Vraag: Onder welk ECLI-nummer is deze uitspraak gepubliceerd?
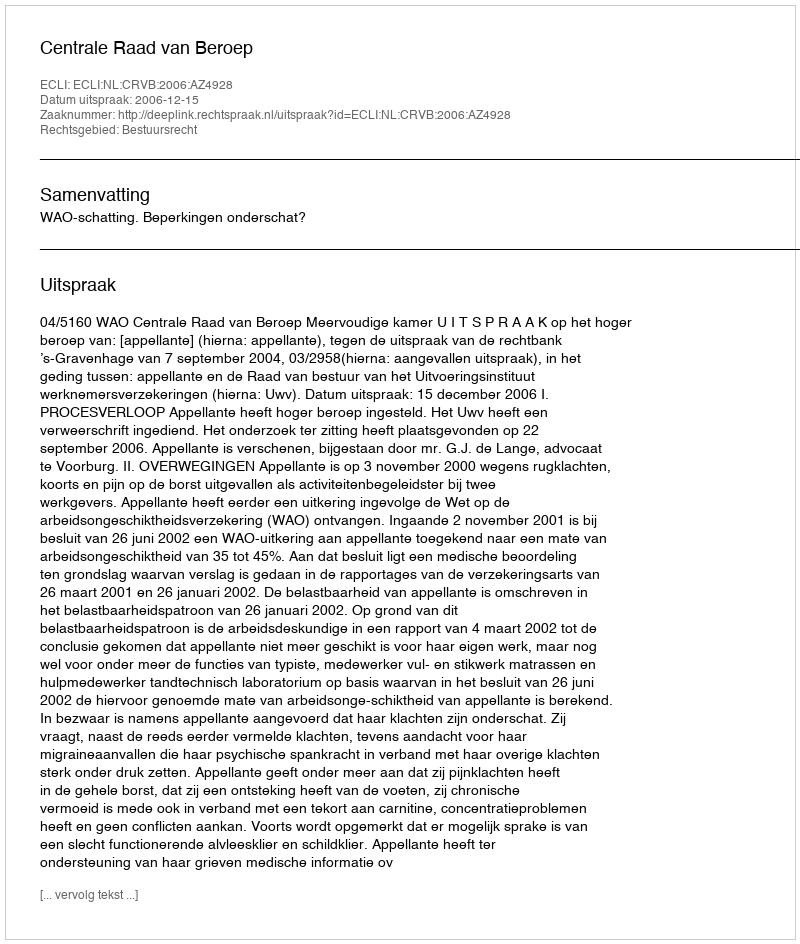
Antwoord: ECLI:NL:CRVB:2006:AZ4928